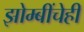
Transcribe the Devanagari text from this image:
झोम्बींचेही